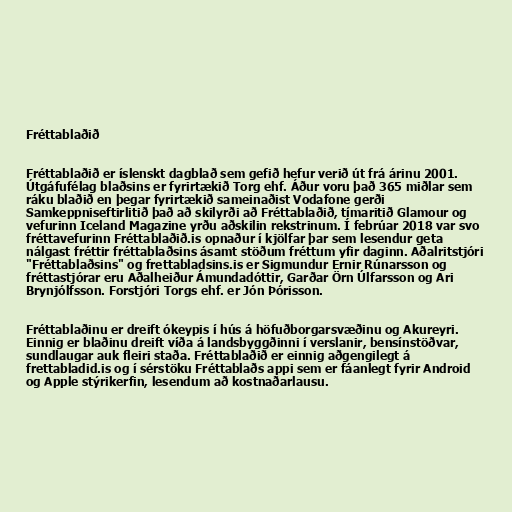
Fréttablaðið

Fréttablaðið er íslenskt dagblað sem gefið hefur verið út frá árinu 2001.
Útgáfufélag blaðsins er fyrirtækið Torg ehf. Áður voru það 365 miðlar sem
ráku blaðið en þegar fyrirtækið sameinaðist Vodafone gerði
Samkeppniseftirlitið það að skilyrði að Fréttablaðið, tímaritið Glamour og
vefurinn Iceland Magazine yrðu aðskilin rekstrinum. Í febrúar 2018 var svo
fréttavefurinn Fréttablaðið.is opnaður í kjölfar þar sem lesendur geta
nálgast fréttir fréttablaðsins ásamt stöðum fréttum yfir daginn. Aðalritstjóri
"Fréttablaðsins" og frettabladsins.is er Sigmundur Ernir Rúnarsson og
fréttastjórar eru Aðalheiður Ámundadóttir, Garðar Örn Úlfarsson og Ari
Brynjólfsson. Forstjóri Torgs ehf. er Jón Þórisson.

Fréttablaðinu er dreift ókeypis í hús á höfuðborgarsvæðinu og Akureyri.
Einnig er blaðinu dreift víða á landsbyggðinni í verslanir, bensínstöðvar,
sundlaugar auk fleiri staða. Fréttablaðið er einnig aðgengilegt á
frettabladid.is og í sérstöku Fréttablaðs appi sem er fáanlegt fyrir Android
og Apple stýrikerfin, lesendum að kostnaðarlausu.